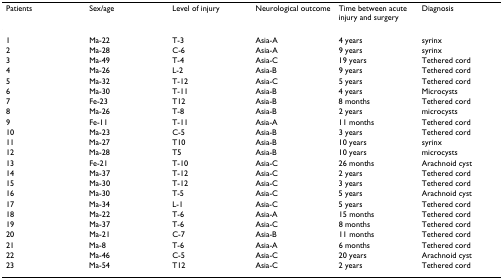
<table><thead><tr><td><b>Patients</b></td><td><b>Sex/age</b></td><td><b>Level of injury</b></td><td><b>Neurological outcome</b></td><td><b>Time between acute injury and surgery</b></td><td><b>Diagnosis</b></td></tr></thead><tbody><tr><td>1</td><td>Ma-22</td><td>T-3</td><td>Asia-A</td><td>4 years</td><td>syrinx</td></tr><tr><td>2</td><td>Ma-28</td><td>C-6</td><td>Asia-A</td><td>9 years</td><td>syrinx</td></tr><tr><td>3</td><td>Ma-49</td><td>T-4</td><td>Asia-C</td><td>19 years</td><td>Tethered cord</td></tr><tr><td>4</td><td>Ma-26</td><td>L-2</td><td>Asia-B</td><td>9 years</td><td>Tethered cord</td></tr><tr><td>5</td><td>Ma-32</td><td>T-12</td><td>Asia-C</td><td>5 years</td><td>Tethered cord</td></tr><tr><td>6</td><td>Ma-30</td><td>T-11</td><td>Asia-B</td><td>4 years</td><td>Microcysts</td></tr><tr><td>7</td><td>Fe-23</td><td>T12</td><td>Asia-B</td><td>8 months</td><td>Tethered cord</td></tr><tr><td>8</td><td>Ma-26</td><td>T-8</td><td>Asia-B</td><td>2 years</td><td>microcysts</td></tr><tr><td>9</td><td>Fe-11</td><td>T-11</td><td>Asia-A</td><td>11 months</td><td>Tethered cord</td></tr><tr><td>10</td><td>Ma-23</td><td>C-5</td><td>Asia-B</td><td>3 years</td><td>Tethered cord</td></tr><tr><td>11</td><td>Ma-27</td><td>T10</td><td>Asia-B</td><td>10 years</td><td>syrinx</td></tr><tr><td>12</td><td>Ma-28</td><td>T5</td><td>Asia-B</td><td>10 years</td><td>microcysts</td></tr><tr><td>13</td><td>Fe-21</td><td>T-10</td><td>Asia-C</td><td>26 months</td><td>Arachnoid cyst</td></tr><tr><td>14</td><td>Ma-37</td><td>T-12</td><td>Asia-C</td><td>2 years</td><td>Tethered cord</td></tr><tr><td>15</td><td>Ma-30</td><td>T-12</td><td>Asia-C</td><td>3 years</td><td>Tethered cord</td></tr><tr><td>16</td><td>Ma-30</td><td>T-5</td><td>Asia-C</td><td>5 years</td><td>Arachnoid cyst</td></tr><tr><td>17</td><td>Ma-34</td><td>L-1</td><td>Asia-C</td><td>5 years</td><td>Tethered cord</td></tr><tr><td>18</td><td>Ma-22</td><td>T-6</td><td>Asia-A</td><td>15 months</td><td>Tethered cord</td></tr><tr><td>19</td><td>Ma-37</td><td>T-6</td><td>Asia-C</td><td>8 months</td><td>Tethered cord</td></tr><tr><td>20</td><td>Ma-21</td><td>C-7</td><td>Asia-B</td><td>11 months</td><td>Tethered cord</td></tr><tr><td>21</td><td>Ma-8</td><td>T-6</td><td>Asia-A</td><td>6 months</td><td>Tethered cord</td></tr><tr><td>22</td><td>Ma-46</td><td>C-5</td><td>Asia-C</td><td>20 years</td><td>Arachnoid cyst</td></tr><tr><td>23</td><td>Ma-54</td><td>T12</td><td>Asia-C</td><td>2 years</td><td>Tethered cord</td></tr></tbody></table>